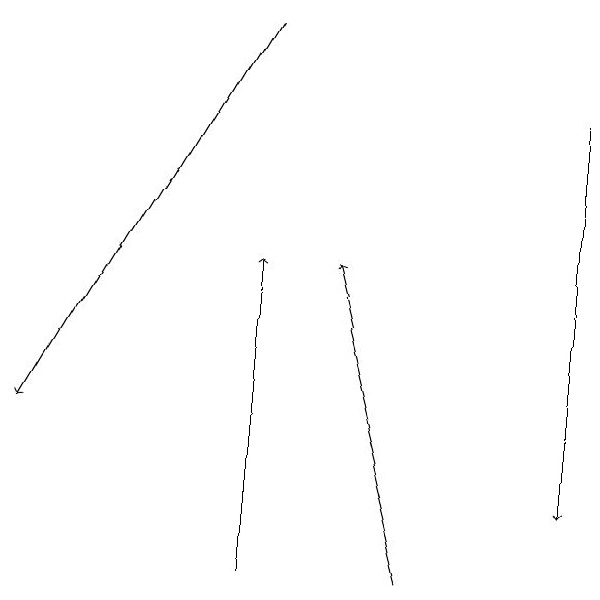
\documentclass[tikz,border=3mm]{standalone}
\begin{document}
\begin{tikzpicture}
\draw[->] (3,19) -- (0,14);
\draw[->] (5,12) -- (4,16);
\draw[->] (3,12) -- (3,16);
\draw[->] (7,18) -- (7,13);
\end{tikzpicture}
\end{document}